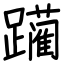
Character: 躏